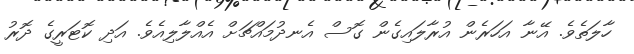
ހާލަތެވެ. އޭނާ އަހަރެން އުރާލައިގެން ގޮސް އެނދުމައްޗަށް އެއްލާލިއެވެ. އަދި ކޮޓަރީގެ ދޮރު